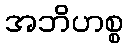
အဘိဟစ္စ